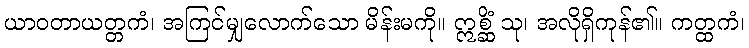
ယာဝတာယတ္တကံ၊ အကြင်မျှလောက်သော မိန်းမကို။ ဣစ္ဆိံ သု၊ အလိုရှိကုန်၏။ ကတ္ထကံ၊